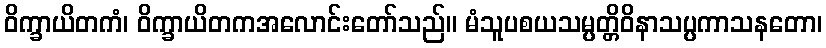
ဝိက္ခာယိတကံ၊ ဝိက္ခာယိတကအလောင်းတော်သည်။ မံသူပစယသမ္ပတ္တိဝိနာသပ္ပကာသနတော၊